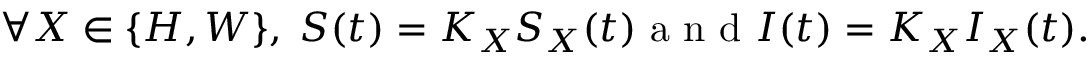
\forall X \in \{ H , W \} , \; S ( t ) = K _ { X } S _ { X } ( t ) \mathrm { ~ a ~ n ~ d ~ } I ( t ) = K _ { X } I _ { X } ( t ) .